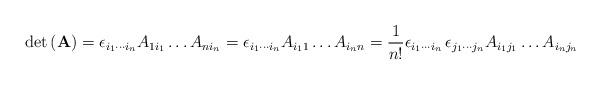
LaTeX: \begin{align*}\mathrm{det}\left(\mathbf{A}\right)=\epsilon_{i_{1}\cdots i_{n}}A_{1i_{1}}\ldots A_{ni_{n}}=\epsilon_{i_{1}\cdots i_{n}}A_{i_{1}1}\ldots A_{i_{n}n}=\frac{1}{n!}\epsilon_{i_{1}\cdots i_{n}}\,\epsilon_{j_{1}\cdots j_{n}}A_{i_{1}j_{1}}\ldots A_{i_{n}j_{n}}\end{align*}